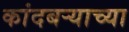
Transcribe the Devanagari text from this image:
कांदबऱ्याच्या